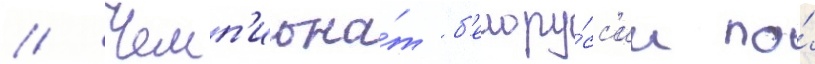
// Чемп'иона́т б'елору́сс'ии по́